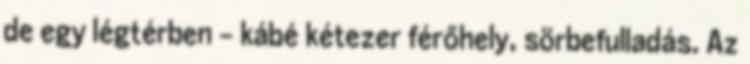
de egy légtérben – kábé kétezer férőhely, sörbefulladás. Az